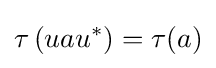
\tau \left(uau^{*}\right)=\tau (a)